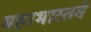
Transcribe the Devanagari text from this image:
महाभारतमे